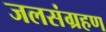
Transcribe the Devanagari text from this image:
जलसंग्रहण